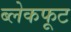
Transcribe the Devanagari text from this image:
ब्लेकफूट